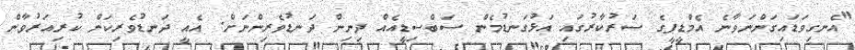
"އެނގިވަޑައިގަންނަވާނެ އެމްޑީޕީގެ ސަރުކާރުގައި އަޅުގަނޑުމެން ސަބްސިޑީއެއް ދިނިން ދަނޑުވެރިންނަށް. އެއީ ދަނޑުވެރިކަން ކުރިއަރުވާން